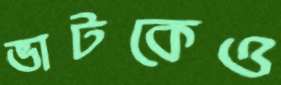
ভাটকেও